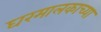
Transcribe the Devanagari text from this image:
घरमालकाच्या